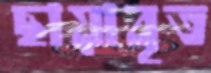
ছায়াবৃত